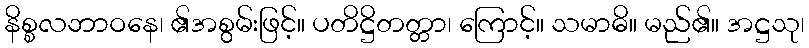
နိစ္စလဘာဝနေ၊ ၏အစွမ်းဖြင့်။ ပတိဋ္ဌိတတ္တာ၊ ကြောင့်။ သမာဓိ။ မည်၏။ အဋ္ဌသု၊